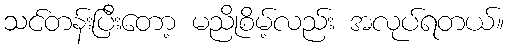
သင်တန်းပြီးတော့ မညိုစိမ့်လည်း အလုပ်ရတယ်။